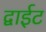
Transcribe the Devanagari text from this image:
द्वाईट